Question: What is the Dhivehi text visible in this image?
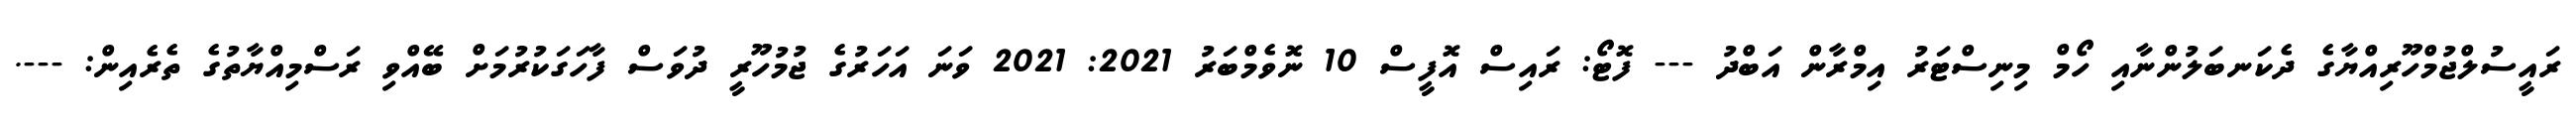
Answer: ރައީސުލްޖުމްހޫރިއްޔާގެ ދެކަނބަލުންނާއި ހޯމް މިނިސްޓަރު އިމްރާން އަބްދު --- ފޮޓޯ: ރައިސް އޮފީސް 10 ނޮވެމްބަރު 2021: 2021 ވަނަ އަހަރުގެ ޖުމުހޫރީ ދުވަސް ފާހަގަކުރުމަށް ބޭއްވި ރަސްމިއްޔާތުގެ ތެރެއިން: ---.